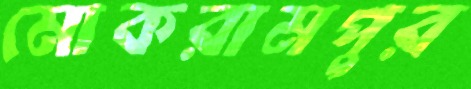
মোকরামপুর